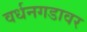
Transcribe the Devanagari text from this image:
वर्धनगडावर